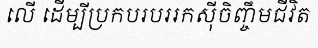
លើ ដើម្បីប្រកបរបររកស៊ីចិញ្ចឹមជីវិត